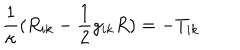
LaTeX: \frac 1 \kappa ( R _ { i k } - \frac 1 2 g _ { i k } R ) = - T _ { i k }